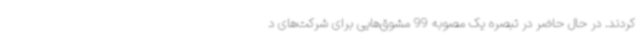
کردند. در حال حاضر در تبصره یک مصوبه 99 مشوق‌هایی برای شرکت‌های د